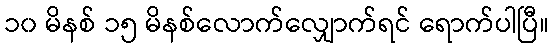
၁၀ မိနစ် ၁၅ မိနစ်လောက်လျှောက်ရင် ရောက်ပါပြီ။